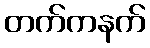
တက်ကနက်